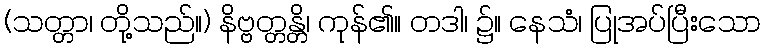
(သတ္တာ၊ တို့သည်။) နိဗ္ဗတ္တန္တိ၊ ကုန်၏။ တဒါ၊ ၌။ နေသံ၊ ပြုအပ်ပြီးသော